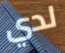
لدي